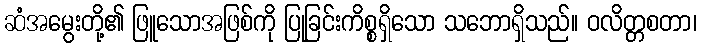
ဆံအမွေးတို့၏ ဖြူသောအဖြစ်ကို ပြုခြင်းကိစ္စရှိသော သဘောရှိသည်။ ဝလိတ္တစတာ၊